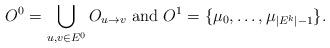
LaTeX: \begin{align*}O^0 = \bigcup_{u,v\in E^0} O_{u \to v}\textnormal{ and } O^1 = \{ \mu_0 , \ldots, \mu_{\vert E^{k} \vert -1} \}.\end{align*}